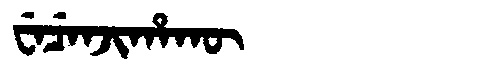
Manchu: ᠸᡝᠴᡝᠨᠵᡳᡥᠠᡴᡡ
Romanization: WECENJIHAKŪ